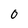
Character: 0